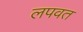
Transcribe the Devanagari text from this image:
लपवत